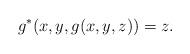
LaTeX: \begin{align*} g^*(x,y,g(x,y,z)) = z. \end{align*}